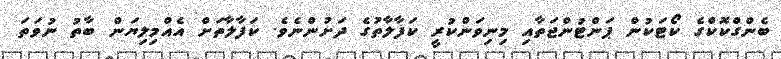
ބެންގްކޮކްގެ ކޯޓަކުން ޕަންޓުންޖަތާއި މިނިވަންކުރީ ކަފާލާތުގެ ދަށުންނެވެ. ކަފާލާތަށް އެއްމިލިޔަން ބާތު ނުވަތަ